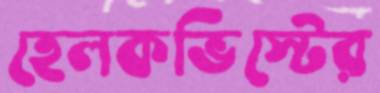
হেলকভিস্টের